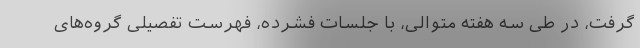
گرفت، در طی سه هفته متوالی، با جلسات فشرده، فهرست تفصیلی گروه‌های